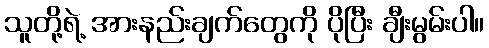
သူတို့ရဲ့ အားနည်းချက်တွေကို ပိုပြီး ချီးမွမ်းပါ။